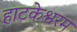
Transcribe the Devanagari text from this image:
हाटकेश्वरम